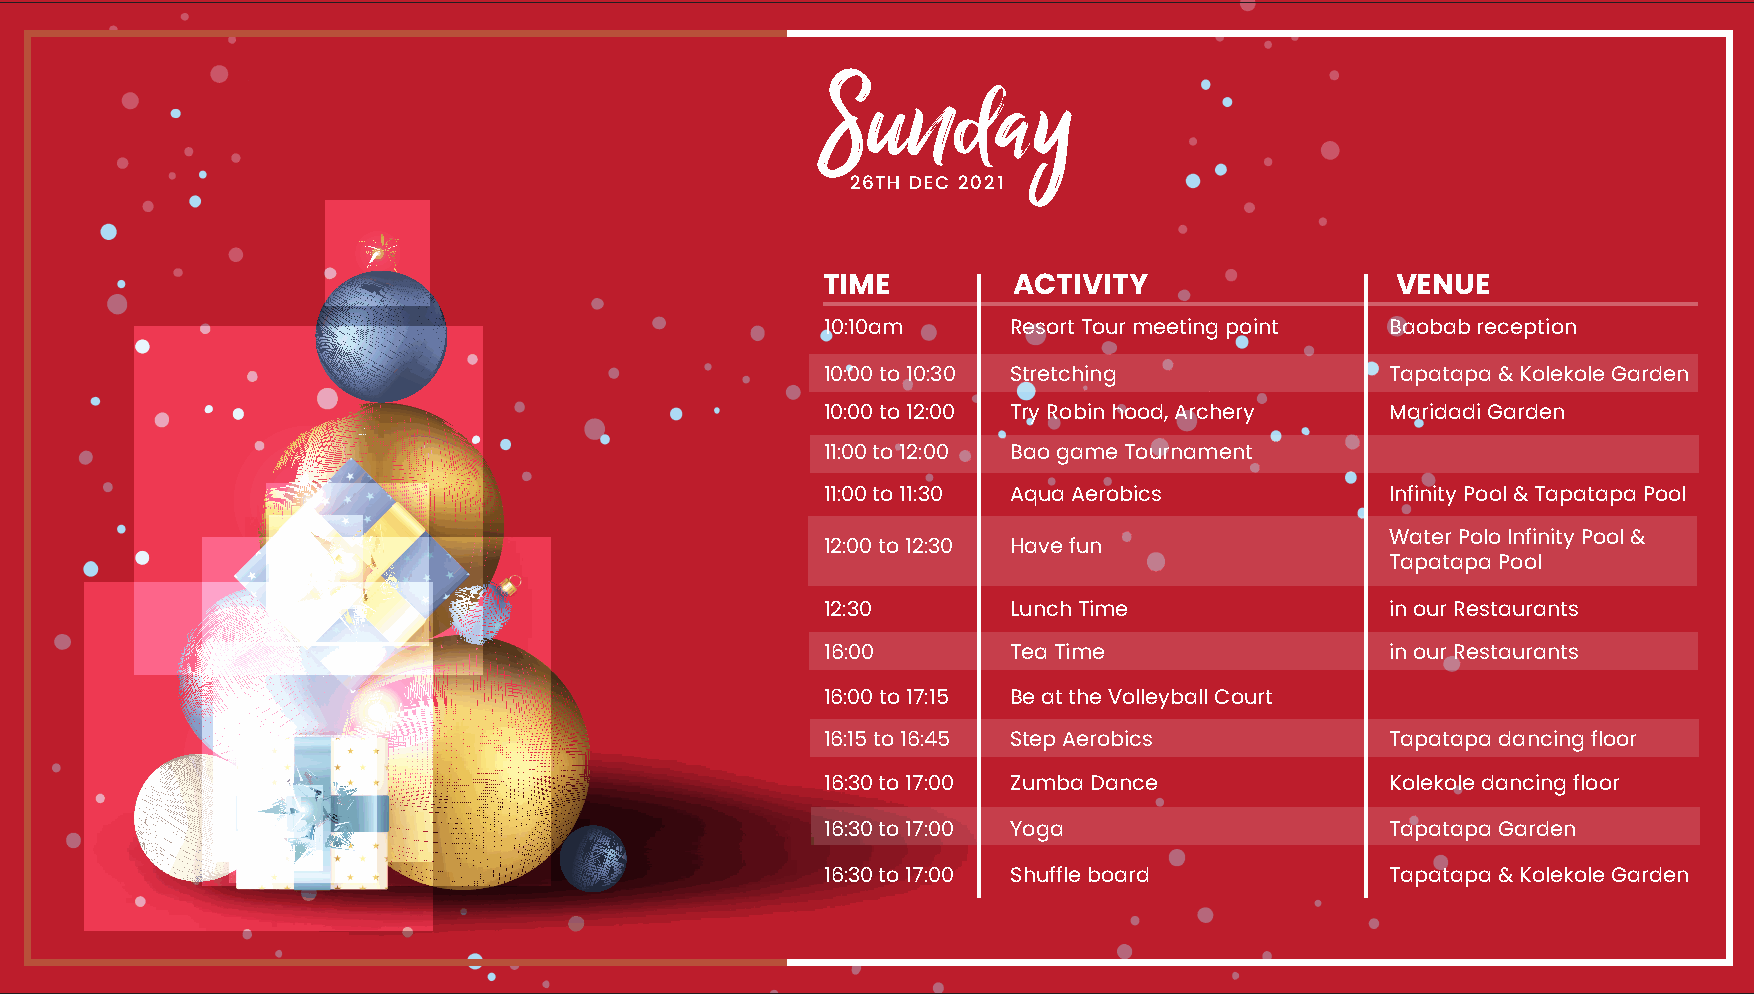
Sunday
 26TH DEC 2021
 TIME         ACTIVITY                 VENUE
 10:10am     Resort Tour meeting point Baobab reception
 10:00 to 10:30 Stretching            Tapatapa & Kolekole Garden
 10:00 to 12:00 Try Robin hood, Archery Maridadi Garden
 11:00 to 12:00 Bao game Tournament
 11:00 to 11:30 Aqua Aerobics         Infinity Pool & Tapatapa Pool
 Water Polo Infinity Pool &
 12:00 to 12:30 Have fun
 Tapatapa Pool
 12:30       Lunch Time               in our Restaurants
 16:00       Tea Time                 in our Restaurants
 16:00 to 17:15 Be at the Volleyball Court
 16:15 to 16:45 Step Aerobics         Tapatapa dancing floor
 16:30 to 17:00 Zumba Dance           Kolekole dancing floor
 16:30 to 17:00 Yoga                  Tapatapa Garden
 16:30 to 17:00 Shuffle board         Tapatapa & Kolekole Garden